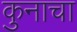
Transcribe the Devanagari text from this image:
कुनाचा